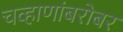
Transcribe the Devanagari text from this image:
चव्हाणांबरोबर